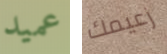
عميد زعيمك